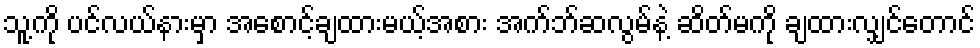
သူ့ကို ပင်လယ်နားမှာ အစောင့်ချထားမယ့်အစား အက်ဘ်ဆလွမ်နဲ့ ဆိတ်မကို ချထားလျှင်တောင်